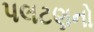
પલટણનો